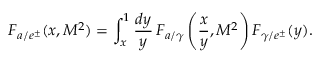
F _ { a / e ^ { \pm } } ( x , M ^ { 2 } ) = \int _ { x } ^ { 1 } \frac { d y } { y } \, F _ { a / \gamma } \left( \frac { x } { y } , M ^ { 2 } \right) F _ { \gamma / e ^ { \pm } } ( y ) .